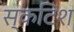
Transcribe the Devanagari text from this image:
स्कटिश